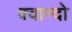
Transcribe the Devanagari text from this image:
क्वान्दो